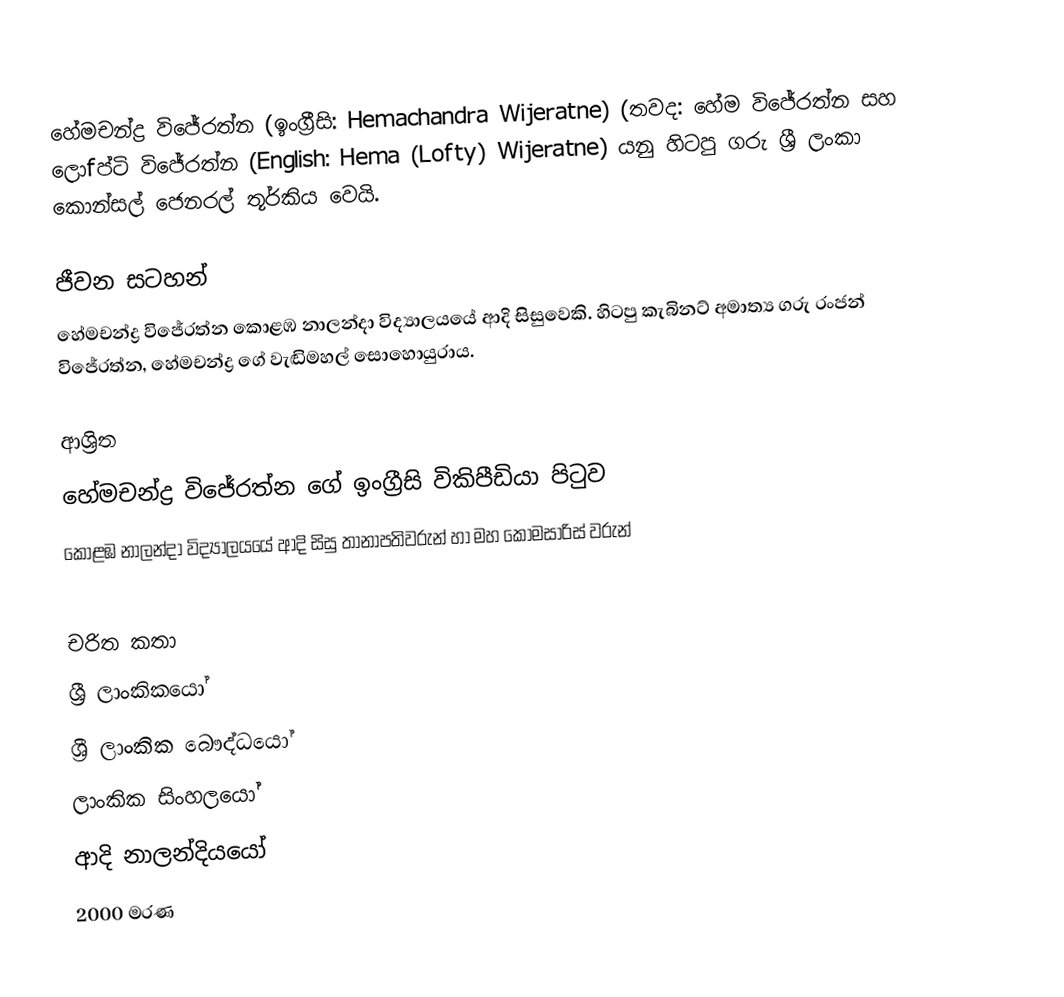
හේමචන්ද්‍ර විජේරත්න (ඉංග්‍රීසි: Hemachandra Wijeratne) (තවද: හේම  විජේරත්න සහ ලොfප්ටි විජේරත්න (English: Hema (Lofty) Wijeratne) යනු  හිටපු ගරු ශ්‍රී ලංකා කොන්සල් ජෙනරල් තූර්කිය වෙයි.

ජීවන සටහන්
හේමචන්ද්‍ර විජේරත්න  කොළඹ නාලන්දා විද්‍යාලයයේ ආදි සිසුවෙකි.  හිටපු කැබිනට් අමාත්‍ය ගරු රංජන් විජේරත්න, හේමචන්ද්‍ර ගේ වැඬිමහල් සොහොයුරාය.

ආශ්‍රිත
 හේමචන්ද්‍ර විජේරත්න  ගේ ඉංග්‍රීසි විකිපීඩියා පිටුව
 කොළඹ නාලන්දා විද්‍යාලයයේ ආදි සිසු තානාපතිවරුන් හා මහ කොමසාරිස් වරුන්

චරිත කතා
ශ්‍රී ලාංකිකයෝ
ශ්‍රී ලාංකික බෞද්ධයෝ
ලාංකික සිංහලයෝ
ආදි නාලන්දියයෝ
2000 මරණ